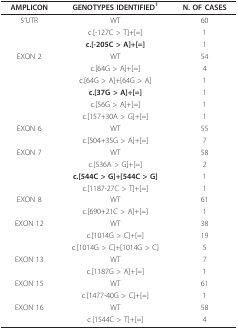
| AMPLICON | GENOTYPES IDENTIFIED1 | N. OF CASES |
 | --- | --- | --- |
 | 5'UTR | WT | 60 |
 |  | c.[-127C > T]+[=] | 1 |
 |  | c.[-205C > A]+[=] | 1 |
 | EXON 2 | WT | 54 |
 |  | c.[64G > A]+[=] | 4 |
 |  | c.[64G > A]+[64G > A] | 1 |
 |  | c.[37G > A]+[=] | 1 |
 |  | c.[56G > A]+[=] | 1 |
 |  | c.[157+30A > G]+[=] | 1 |
 | EXON 6 | WT | 55 |
 |  | c.[504+35G > A]+[=] | 7 |
 | EXON 7 | WT | 58 |
 |  | c.[536A > G]+[=] | 2 |
 |  | c.[544C > G]+[544C > G] | 1 |
 |  | c.[1187-27C > T]+[=] | 1 |
 | EXON 8 | WT | 61 |
 |  | c.[690+21C > A]+[=] | 1 |
 | EXON 12 | WT | 38 |
 |  | c.[1014G > C]+[=] | 19 |
 |  | c.[1014G > C]+[1014G > C] | 5 |
 | EXON 13 | WT | 7 |
 |  | c.[1187G > A]+[=] | 1 |
 | EXON 15 | WT | 61 |
 |  | c.[1477-40G > C]+[=] | 1 |
 | EXON 16 | WT | 58 |
 |  | c.[1544C > T]+[=] | 4 |